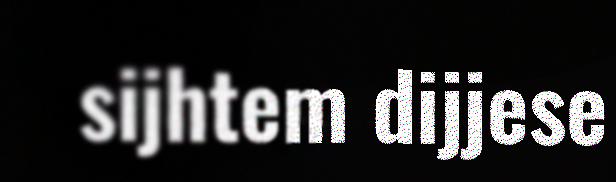
sijhtem dijjese